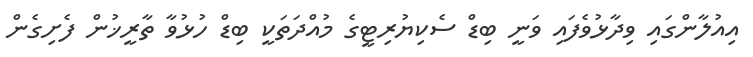
އިއުލާންގައި ވިދާޅުވެފައި ވަނީ ބިޑް ސެކިޔުރިޓީގެ މުއްދަތަކީ ބިޑް ހުޅުވާ ތާރީޚުން ފެށިގެން